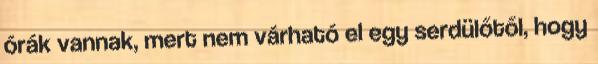
órák vannak, mert nem várható el egy serdülőtől, hogy